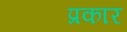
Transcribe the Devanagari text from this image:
प्रकाऱ